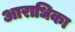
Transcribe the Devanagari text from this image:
आराधिका